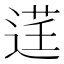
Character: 𫐬